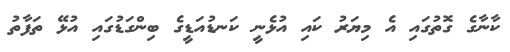
ކާނާގެ ގޮތުގައި އެ މިޔަރު ކައި އުޅެނީ ކަނޑުއަޑީގެ ބިންގަޑުގައި އުޅޭ ތަފާތު